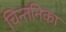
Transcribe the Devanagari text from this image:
चिन्तनिका